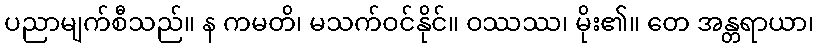
ပညာမျက်စီသည်။ န ကမတိ၊ မသက်ဝင်နိုင်။ ဝဿဿ၊ မိုး၏။ တေ အန္တရာယာ၊